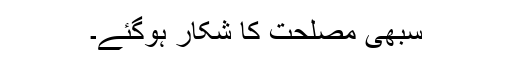
سبھی مصلحت کا شکار ہوگئے۔